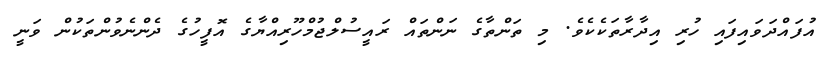
އުފައްދަވައިފައި ހުރި އިދާރާތަކެކެވެ. މި ތަންތާގެ ނަންތައް ރައީސުލްޖުމްހޫރިއްޔާގެ އޮފީހުގެ ދެންނެވުންތަކުން ވަނީ